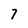
Character: 7